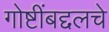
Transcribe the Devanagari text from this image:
गोष्टींबद्दलचे